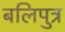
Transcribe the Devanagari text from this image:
बलिपुत्र